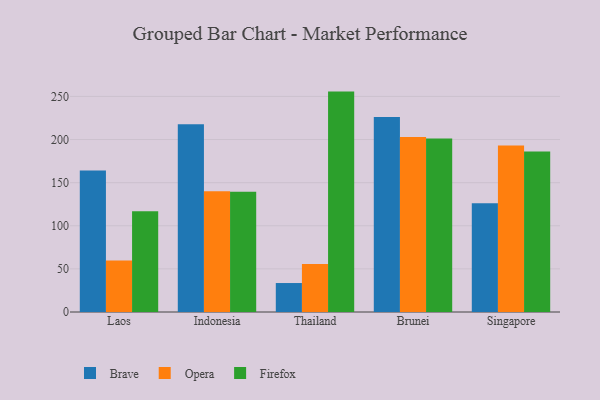
{"axis": {"x": "Country", "y": "LTV (USD)"}, "legend": ["Brave", "Firefox", "Opera"], "data": [{"x": "Laos", "y": 164.0, "type": "Brave"}, {"x": "Laos", "y": 59.8, "type": "Opera"}, {"x": "Laos", "y": 116.7, "type": "Firefox"}, {"x": "Indonesia", "y": 217.7, "type": "Brave"}, {"x": "Indonesia", "y": 140.1, "type": "Opera"}, {"x": "Indonesia", "y": 139.4, "type": "Firefox"}, {"x": "Thailand", "y": 33.6, "type": "Brave"}, {"x": "Thailand", "y": 55.8, "type": "Opera"}, {"x": "Thailand", "y": 255.6, "type": "Firefox"}, {"x": "Brunei", "y": 226.0, "type": "Brave"}, {"x": "Brunei", "y": 203.0, "type": "Opera"}, {"x": "Brunei", "y": 201.1, "type": "Firefox"}, {"x": "Singapore", "y": 126.0, "type": "Brave"}, {"x": "Singapore", "y": 193.2, "type": "Opera"}, {"x": "Singapore", "y": 186.0, "type": "Firefox"}]}